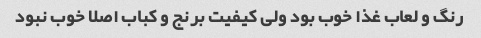
رنگ و لعاب غذا خوب بود ولی کیفیت برنج و کباب اصلا خوب نبود